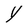
Character: Y